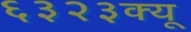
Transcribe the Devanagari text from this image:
६३२३क्यू